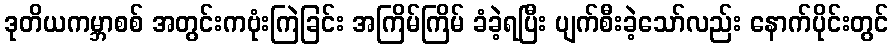
ဒုတိယကမ္ဘာစစ် အတွင်းကဗုံးကြဲခြင်း အကြိမ်ကြိမ် ခံခဲ့ရပြီး ပျက်စီးခဲ့သော်လည်း နောက်ပိုင်းတွင်